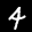
Label: 4